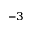
^ { - 3 }